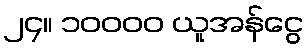
၂၄။ ၁၀၀၀၀ ယူအန်ငွေ